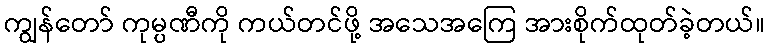
ကျွန်တော် ကုမ္ပဏီကို ကယ်တင်ဖို့ အသေအကြေ အားစိုက်ထုတ်ခဲ့တယ်။